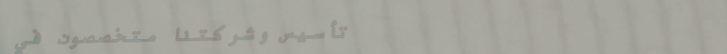
تأسيس وشركتنا متخصصون في